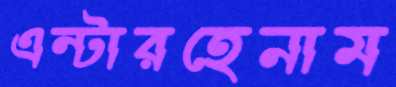
এন্টারহেনাম